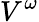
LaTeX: V^{\omega}